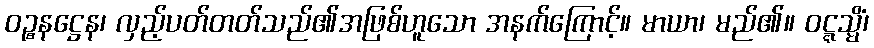
ဝဉ္စနဋ္ဌေန၊ လှည့်ပတ်တတ်သည်၏အဖြစ်ဟူသော အနက်ကြောင့်။ မာယာ၊ မည်၏။ ဝဋ္ဋသ္မိံ၊